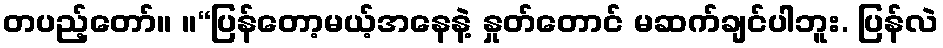
တပည့်တော်။ ။“ပြန်တော့မယ့်အနေနဲ့ နှုတ်တောင် မဆက်ချင်ပါဘူး. ပြန်လဲ